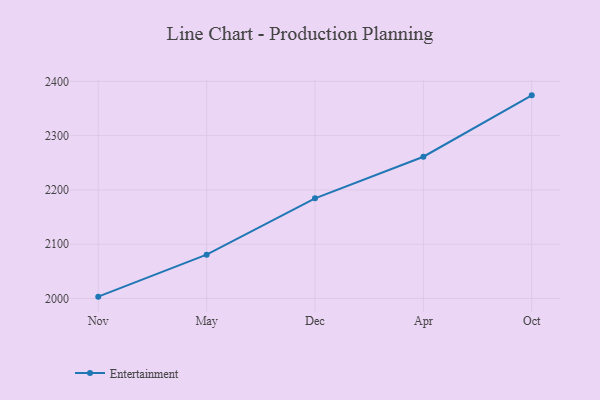
{"axis": {"x": "Month", "y": "Conversion Rate (%)"}, "legend": ["Entertainment"], "data": [{"x": "Nov", "y": 2003.3, "type": "Entertainment"}, {"x": "May", "y": 2080.6, "type": "Entertainment"}, {"x": "Dec", "y": 2184.4, "type": "Entertainment"}, {"x": "Apr", "y": 2261.1, "type": "Entertainment"}, {"x": "Oct", "y": 2374.2, "type": "Entertainment"}]}